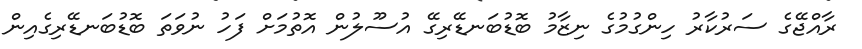
ރާއްޖޭގެ ސަރުކާރު ހިންގުމުގެ ނިޒާމު ބޮޑުބަނޑޭރިގޭ އުސޫލުން އޮތުމަށް ފަހު ނުވަތަ ބޮޑުބަނޑޭރިގެއިން